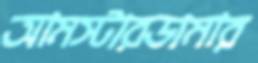
আমস্টারডামার